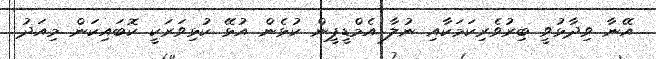
އޭނާ ވިދާޅުވީ ބިރުވެރިކަމަކާއި ނުލާ އެމްޑީޕީން ކުޅެން އުޅޭ ކުޅިވަރަކީ ކޮބައިކަން މިއަދު